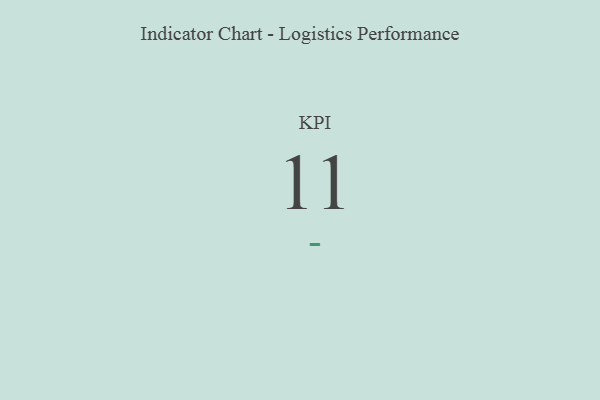
{"axis": {"x": "KPI", "y": "Value"}, "legend": [""], "data": [{"x": "KPI", "y": 11, "type": ""}]}